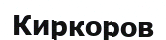
Киркоров